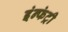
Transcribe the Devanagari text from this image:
इंन्फंट्री